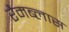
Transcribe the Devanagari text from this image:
रैमब्लास